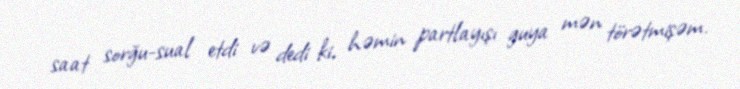
saat sorğu-sual etdi və dedi ki, həmin partlayışı guya mən törətmişəm.